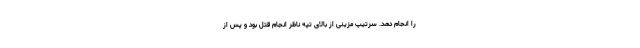
را انجام دهد. سرتیپ مزینی از بالای تپه ناظر انجام قتل بود و پس از